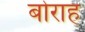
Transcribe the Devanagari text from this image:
बोराह